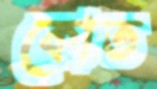
কোত